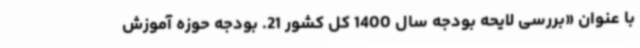
با عنوان «بررسی لایحه بودجه سال 1400 کل کشور 21. بودجه حوزه آموزش